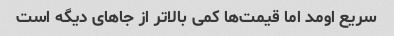
سریع اومد اما قیمت‌ها کمی بالاتر از جاهای دیگه است